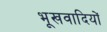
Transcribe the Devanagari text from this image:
भूखवादियों